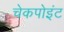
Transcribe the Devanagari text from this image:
चेकपोइंट